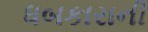
ધબકારાની